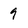
Character: 9